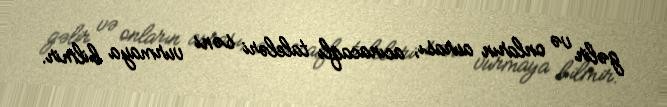
gəlir və onların aurası, acınacaqlı taleləri səni vurmaya bilmir.